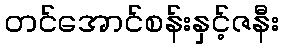
တင်အောင်စန်းနှင့်ဇနီး